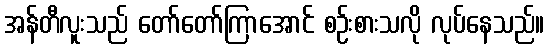
အန်တီလူးသည် တော်တော်ကြာအောင် စဉ်းစားသလို လုပ်နေသည်။